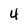
Character: 4